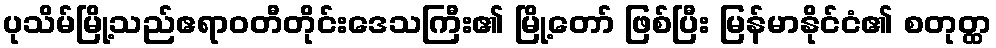
ပုသိမ်မြို့သည်ဧရာဝတီတိုင်းဒေသကြီး၏ မြို့တော် ဖြစ်ပြီး မြန်မာနိုင်ငံ၏ စတုတ္ထ